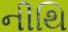
નીથિ